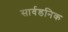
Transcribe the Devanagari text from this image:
सार्वडनिक